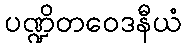
ပဏ္ဍိတဝေဒနီယံ